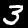
Digit: 3